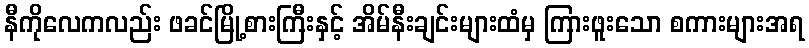
နီကိုလေကလည်း ဖခင်မြို့စားကြီးနှင့် အိမ်နီးချင်းများထံမှ ကြားဖူးသော စကားများအရ